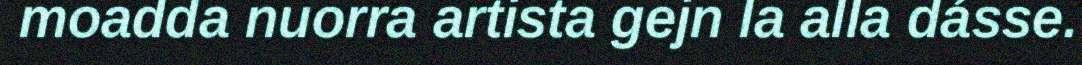
moadda nuorra artista gejn la alla dásse.